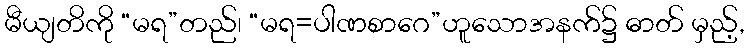
မီယျတိကို “မရ”တည်၊ “မရ=ပါဏစာဂေ”ဟူသောအနက်၌ ဓာတ် မှည့်,